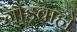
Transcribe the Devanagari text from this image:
गौड़वाहो